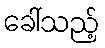
ခေါ်သည့်